Reports on dispensaries and lunatic asylums in the Province of Oudh - 1869-1876
Year: 1869
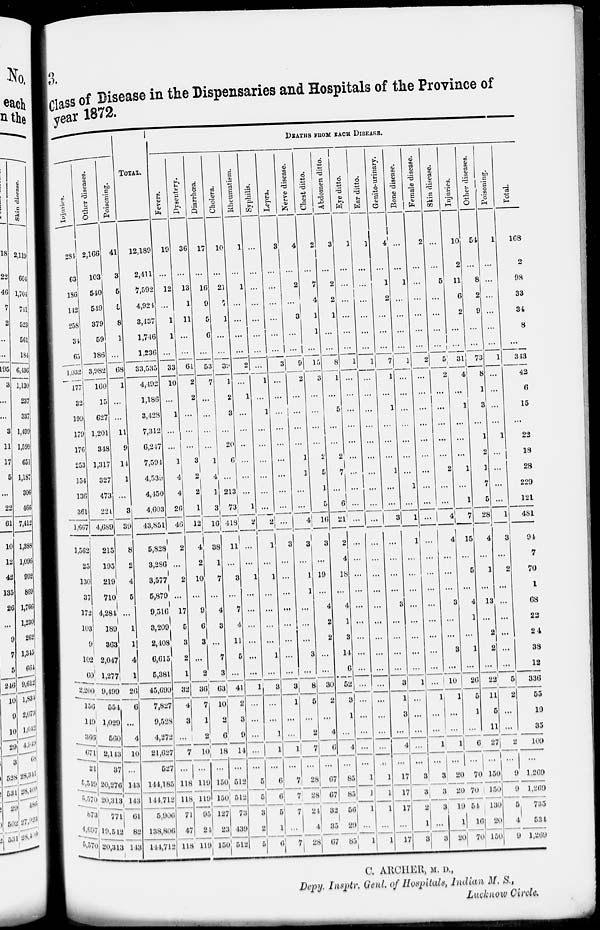
3.
Class of Disease in the Dispensaries and Hospitals of the Province of
year 1872.
Injuries.
284
63
186
142
258
34
65
1,032
177
32
199
179
176
253
154
136
361
1,667
1,562
23
130
37
172
103
9
102
60
2,200
156
149
366
671
21
5,549
5,570
873
4,697
5,570
Other diseases.
2,166
103
540
519
379
59
186
3,982
160
15
627
1,201
348
1,317
327
473
221
4,689
215
193
219
710
4,284
189
363
2,047
1,277
9,499
554
1,029
560
2,143
37
20,276
20,313
771
19,542
20,313
Poisoning.
41
3
5
5
8
1
...
68
1
...
...
11
9
14
1
...
3
39
8
2
4
5
...
1
1
4
1
26
6
...
4
10
...
143
143
61
82
143
TOTAL.
12,189
2,411
7,592
4,924
3,437
1,746
1,236
33,535
4,492
1,186
3,428
7,312
6,247
7,594
4,539
4,450
4,603
43,851
5,828
3,286
3,577
5,879
9,516
3,209
2,408
6,615
5,381
45,699
7,827
9,528
4,272
21,627
527
114,185
141,712
5,906
138,806
144,712
DEATHS FROM EACH DISEASE.
Fevers.
19
...
12
...
1
1
...
33
10
...
1
...
...
1
4
4
26
46
2
...
2
...
17
5
3
2
1
32
4
3
...
7
...
118
118
71
47
118
Dysentery.
36
...
13
1
11
...
...
61
2
2
...
...
...
3
2
2
1
12
4
...
2
...
17
6
3
...
2
36
7
1
2
10
...
119
119
93
24
119
Diarrhœa.
17
...
16
9
5
6
...
53
7
...
...
...
...
1
4
1
3
16
38
1
7
...
4
3
...
7
3
63
10
2
6
18
...
150
150
127
23
150
Cholera.
10
...
21
7
1
...
...
39
1
2
3
...
20
6
...
213
73
418
11
...
3
...
7
4
11
5
...
41
2
3
9
14
...
512
512
73
439
512
Rheumatism.
1
...
1
...
...
...
...
2
...
1
...
...
...
...
...
...
1
2
...
...
1
...
...
...
...
...
...
1
...
...
...
...
...
5
5
3
2
5
Syphilis.
...
...
...
...
...
...
...
...
1
...
1
...
...
...
...
...
...
2
1
...
1
...
...
...
...
1
...
3
...
...
1
1
...
6
6
5
1
6
Lepra.
3
...
...
...
...
...
...
3
...
...
...
...
...
...
...
...
...
...
3
...
...
...
...
...
...
...
...
3
1
...
...
1
...
7
7
7
...
7
Nerve disease.
4
...
2
...
3
...
...
9
2
...
...
...
...
1
1
...
...
4
3
...
1
1
...
...
...
3
...
8
5
...
2
7
...
28
28
24
4
28
Chest ditto.
2
...
7
4
1
1
...
15
3
...
...
...
...
2
5
1
5
16
3
...
19
...
4
2
2
...
...
30
2
...
4
6
...
67
67
32
35
67
Abdomen ditto.
3
...
2
2
1
...
...
8
1
...
5
...
...
2
7
...
6
21
2
4
18
...
4
1
...
14
6
52
3
1
...
4
...
85
85
56
29
83
Eye ditto.
1
...
...
1
...
...
...
1
...
...
...
...
...
...
...
...
...
...
...
...
...
...
...
...
...
...
...
...
...
...
...
...
...
1
1
1
...
1
Ear ditto.
1
...
...
...
...
...
...
1
...
...
...
...
...
...
...
...
...
...
...
...
...
...
...
...
...
...
...
...
...
...
...
...
...
1
1
1
...
1
Genito-urinary.
4
...
1
2
...
...
...
7
1
...
1
...
...
...
1
...
...
3
...
...
...
...
3
...
...
...
...
3
1
3
...
4
...
17
17
17
...
17
Bone disease.
...
...
1
...
...
...
...
1
...
...
...
...
...
...
...
1
...
1
1
...
...
...
...
...
...
...
...
1
...
...
...
...
...
3
3
2
1
3
Female disease.
2
...
...
...
...
...
...
2
...
...
...
...
...
...
...
...
...
...
...
...
...
...
...
...
...
...
...
...
1
...
...
1
...
3
3
3
...
3
Skin disease.
...
...
5
...
...
...
...
5
2
...
...
...
...
...
2
...
...
4
4
...
...
...
3
...
...
3
...
10
1
...
...
1
...
20
20
19
1
20
Injuries.
10
2
11
6
2
...
...
31
4
...
1
...
...
...
1
...
1
7
15
...
5
...
4
1
...
1
...
26
5
1
...
6
...
70
70
54
1
70
Other diseases.
54
...
8
2
9
...
...
73
8
1
3
...
1
2
1
7
5
28
4
...
1
...
13
...
2
2
...
22
11
5
11
27
...
150
150
130
20
150
Poisoning.
1
...
...
...
...
...
...
1
...
...
...
...
1
...
...
...
...
1
3
...
2
...
...
...
...
5 ...
...
5
2
...
...
2
...
9
9
5
4
9
Total.
168
2
98
33
34
8
...
343
42
6
15
...
22
18
28
229
121
481
94
7
70
1
68
22
24
38
13
336
55
19
35
109
...
1,269
1,269
735
534
1,26
C. ARCHER, M. D.,
Depy. Insptr. Genl. of Hospitals, Indian M. S.,
Lucknow Circle.